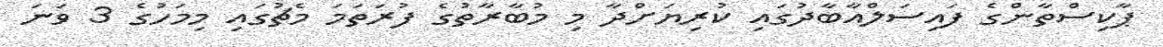
ޕާކިސްތާންގެ ފައިސަލްއާބާދުގައި ކުރިޔަށްދާ މި މުބާރާތުގެ ފުރަތަަމަ މެޗުގައި މިމަހުގެ 3 ވަނަ